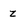
Character: z